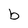
Character: b